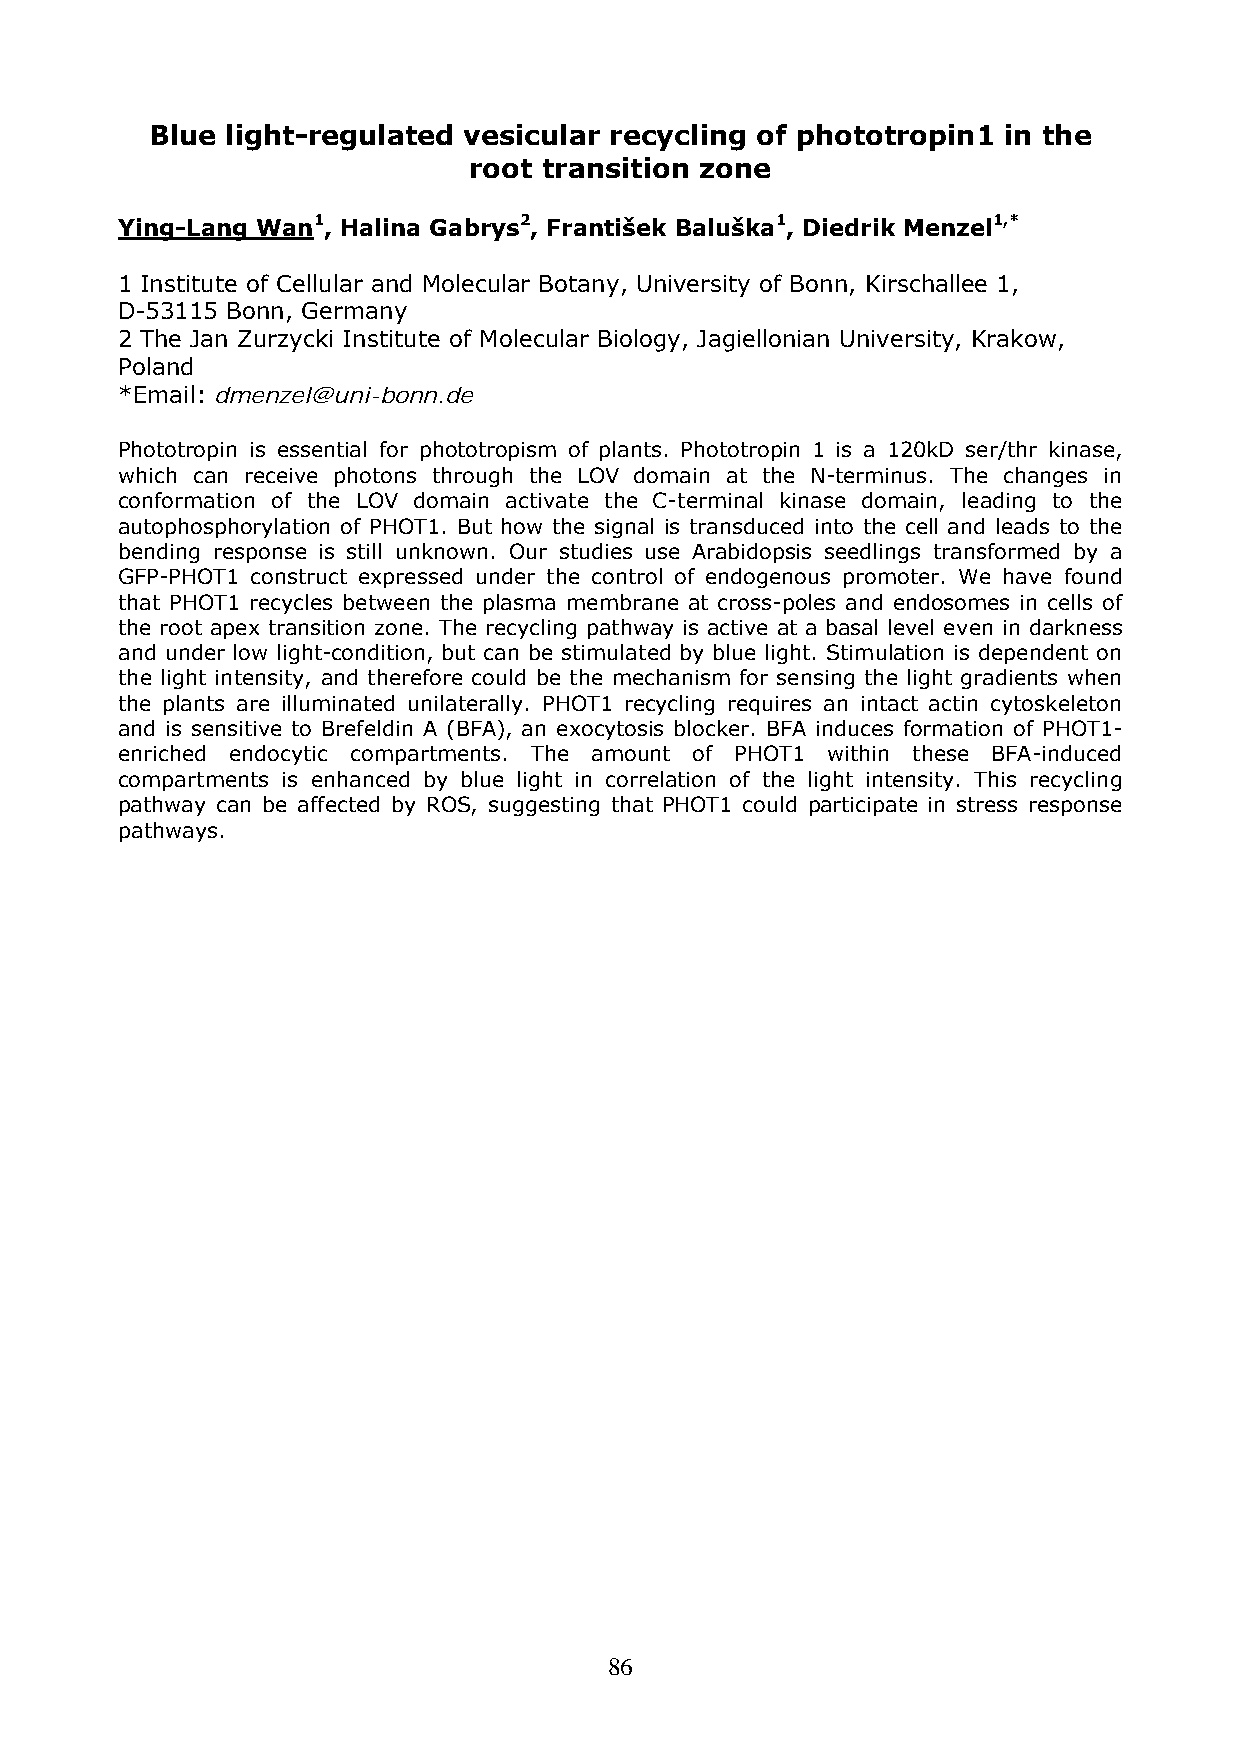
Blue light-regulated vesicular recycling of phototropin1 in the
 root transition zone
 Ying-Lang Wan1, Halina Gabrys2, František Baluška1, Diedrik Menzel1,*
 1 Institute of Cellular and Molecular Botany, University of Bonn, Kirschallee 1,
 D-53115 Bonn, Germany
 2 The Jan Zurzycki Institute of Molecular Biology, Jagiellonian University, Krakow,
 Poland
 *Email: dmenzel@uni-bonn.de
 Phototropin is essential for phototropism of plants. Phototropin 1 is a 120kD ser/thr kinase,
 which can receive photons through the LOV domain at the N-terminus. The changes in
 conformation of the LOV domain activate the C-terminal kinase domain, leading to the
 autophosphorylation of PHOT1. But how the signal is transduced into the cell and leads to the
 bending response is still unknown. Our studies use Arabidopsis seedlings transformed by a
 GFP-PHOT1 construct expressed under the control of endogenous promoter. We have found
 that PHOT1 recycles between the plasma membrane at cross-poles and endosomes in cells of
 the root apex transition zone. The recycling pathway is active at a basal level even in darkness
 and under low light-condition, but can be stimulated by blue light. Stimulation is dependent on
 the light intensity, and therefore could be the mechanism for sensing the light gradients when
 the plants are illuminated unilaterally. PHOT1 recycling requires an intact actin cytoskeleton
 and is sensitive to Brefeldin A (BFA), an exocytosis blocker. BFA induces formation of PHOT1-
 enriched endocytic compartments. The amount of PHOT1 within these BFA-induced
 compartments is enhanced by blue light in correlation of the light intensity. This recycling
 pathway can be affected by ROS, suggesting that PHOT1 could participate in stress response
 pathways.
 86